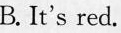
B.It’s red.